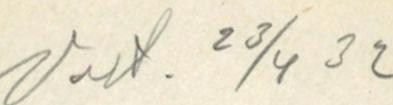
Vast. 23/4 32